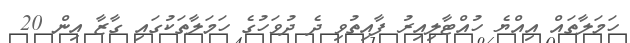
ހަމަލާތައް އިއްޔެ ހުއްޓާލިއިރު ފާއިތުވި ދެ ދުވަހުގެ ހަމަލާތަކުގައި ގާޒާ އިން 20